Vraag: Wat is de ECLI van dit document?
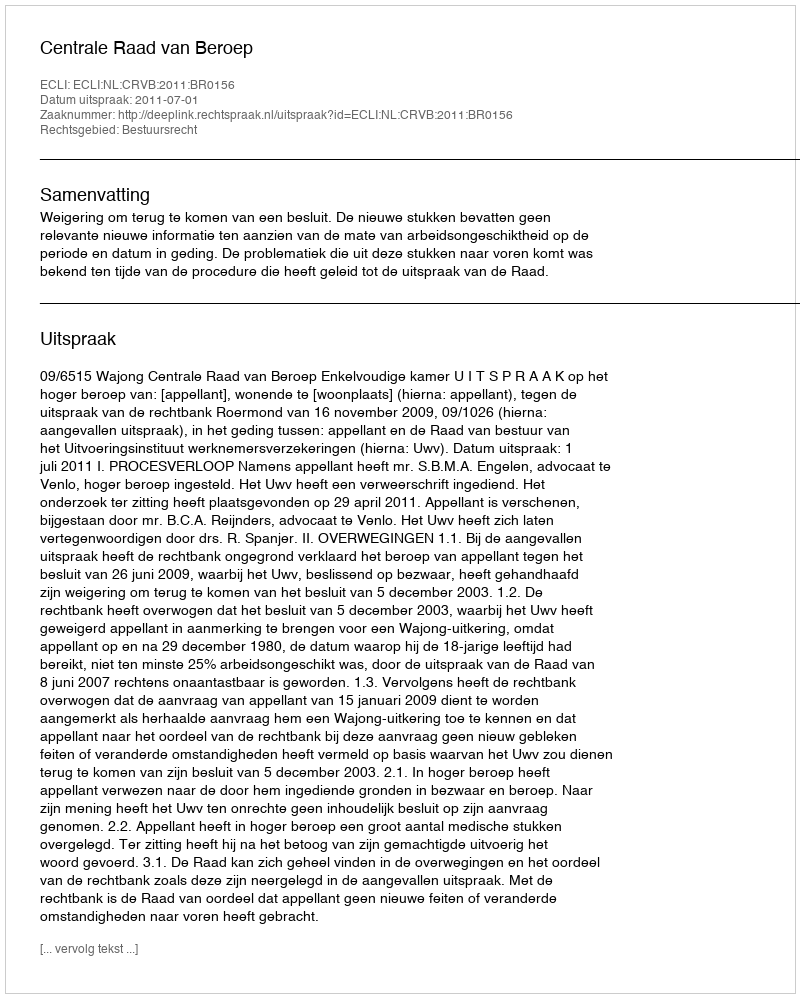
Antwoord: ECLI:NL:CRVB:2011:BR0156